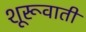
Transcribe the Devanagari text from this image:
शूरूवाती